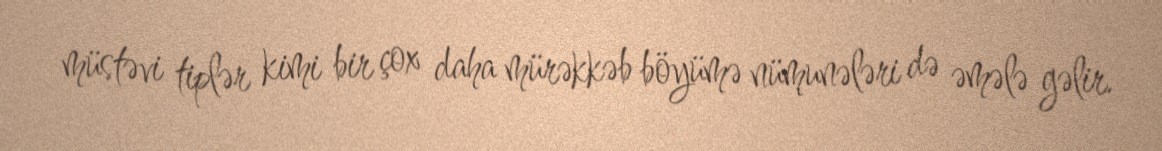
müstəvi tiplər kimi bir çox daha mürəkkəb böyümə nümunələri də əmələ gəlir.